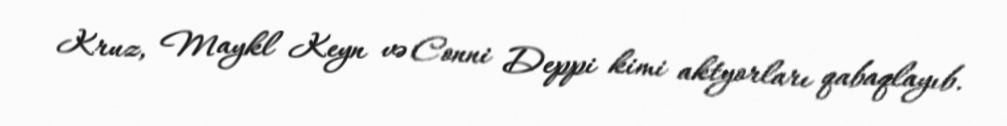
Kruz, Maykl Keyn və Conni Deppi kimi aktyorları qabaqlayıb.